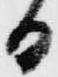
日